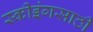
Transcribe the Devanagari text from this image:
स्कीइंगसाठी